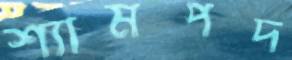
শ্যামপদ